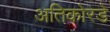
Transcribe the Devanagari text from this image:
अतिकोरडे